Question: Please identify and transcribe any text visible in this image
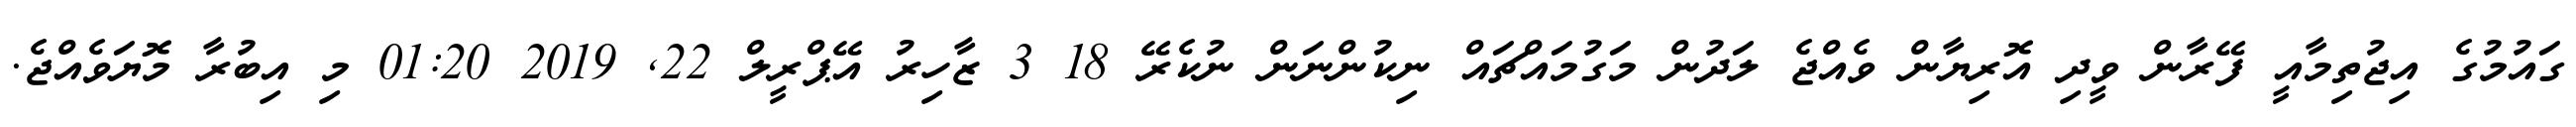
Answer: ގައުމުގެ އިޖުތިމާއީ ފޭރާން ވީދި އޮރިޔާން ވެއްޖެ ލަދުން މަގުމައްޗައް ނިކުންނަން ނުކެރޭ 18 3 ޒާހިރު އޭޕްރީލް 22, 2019 01:20 މި އިބުރާ މޮޔަވެއްޖެ.